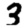
Digit: 3